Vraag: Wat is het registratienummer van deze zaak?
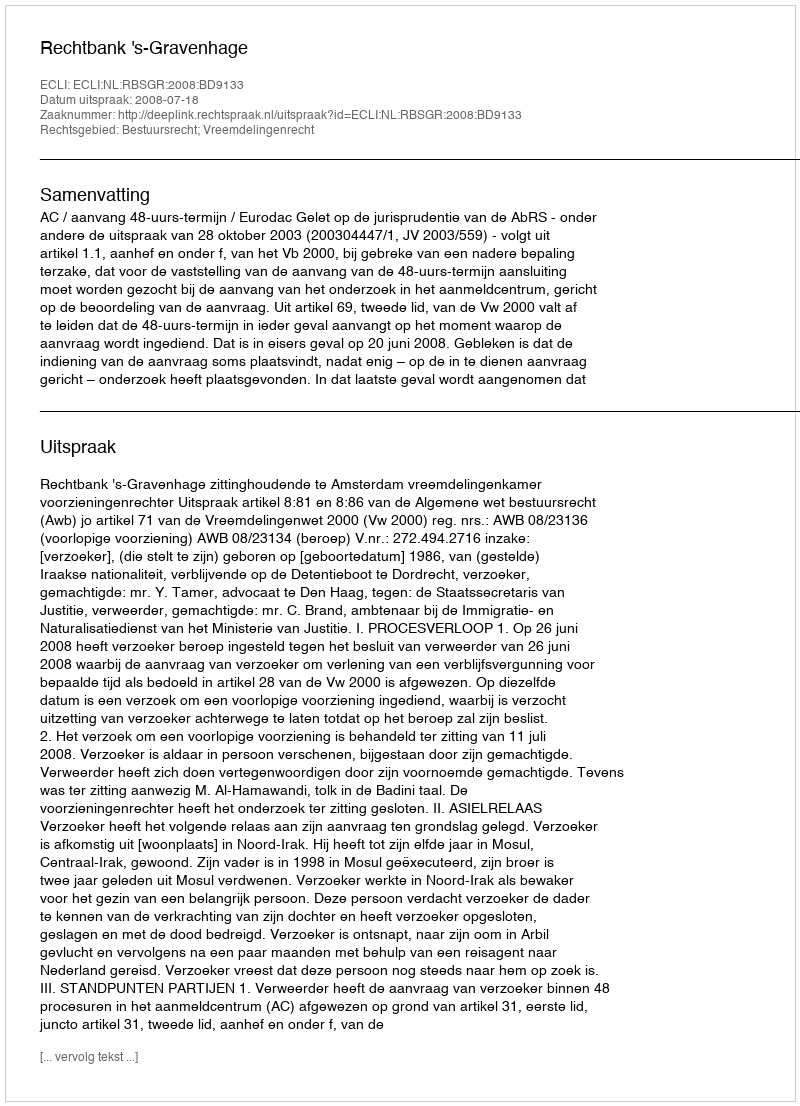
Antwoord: http://deeplink.rechtspraak.nl/uitspraak?id=ECLI:NL:RBSGR:2008:BD9133